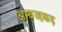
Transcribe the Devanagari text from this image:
अम्बज्हक्कड़